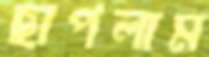
ছাপলাম